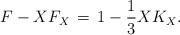
LaTeX: \begin{align*}F - X F_X \,=\,1 - \frac{1}{3} X K_X.\end{align*}